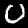
Digit: 0